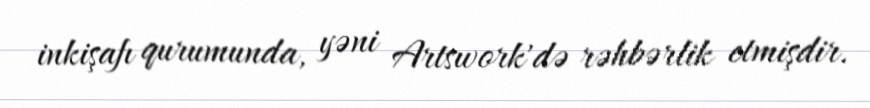
inkişafı qurumunda, yəni Artswork'də rəhbərlik etmişdir.